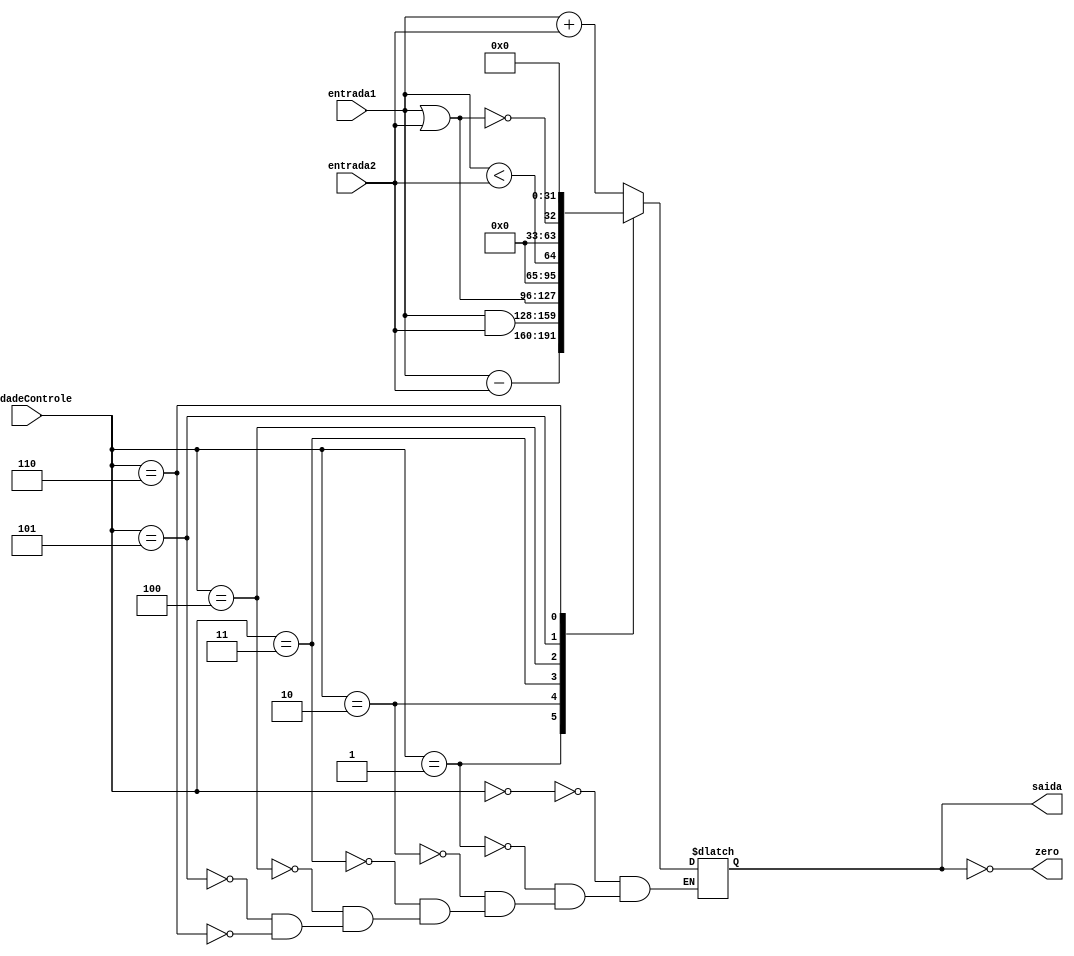
// Unidade Logica Aritmetica -> AND, OR, Soma, Subtracao, SLT e NOR
module alu (
  input wire [31:0] entrada1,
  input wire [31:0] entrada2,
  input wire [0:3] unidadeControle,
  output reg [0:31] saida,
  output reg zero
);
  // Multiplexador da ULA:
  // -> 1 = ADD
  // -> 2 = SUB
  // -> 3 = AND
  // -> 4 = OR
  // -> 5 = SLT
  // -> 6 = NOR
  always @(*) begin
    case (unidadeControle)
      0: saida <= entrada1 + entrada2;
      1: saida <= entrada1 - entrada2;
      2: saida <= entrada1 & entrada2;
      3: saida <= entrada1 | entrada2;
      4: saida <= (entrada1 < entrada2);
      5: saida <= !(entrada1 | entrada2);
      6: saida <= 0;
    endcase

    zero = (saida == 0);
  end
endmodule